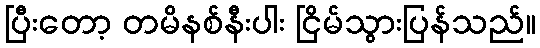
ပြီးတော့ တမိနစ်နီးပါး ငြိမ်သွားပြန်သည်။